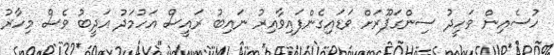
ހުސެއިން ވަހީދު ސިންގަޕޫރަށް ވަޑައިގެންފައިވާއިރު ނައިބު ރައީސް އަހުމަދު އަދީބު ވެސް މިހާރު